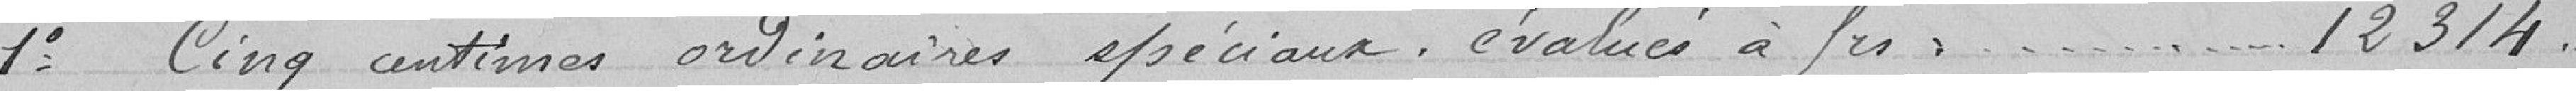
1° Cinq centimes ordinaires spéciaux, évalués à frs.........12314.